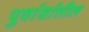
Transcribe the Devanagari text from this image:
पुर्वार्धातील